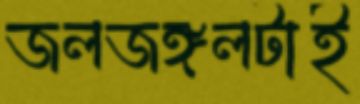
জলজঙ্গলটাই